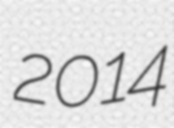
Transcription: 2014